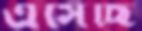
এসেছি